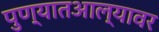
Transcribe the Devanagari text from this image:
पुण्यातआल्यावर